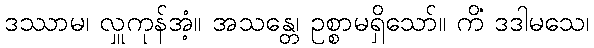
ဒဿာမ၊ လှူကုန်အံ့။ အသန္တေ၊ ဥစ္စာမရှိသော်။ ကိံ ဒဒါမသေ၊